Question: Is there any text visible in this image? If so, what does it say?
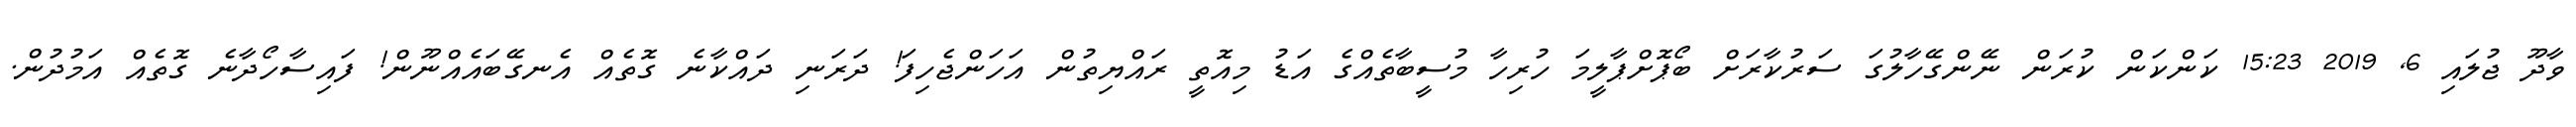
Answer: ވާދޫ ޖުލައި 6, 2019 15:23 ކަންކަން ކުރަން ނޭންގޭހާލުގަ ސަރުކާރަށް ބޯޕޮށްޕާލީމަ ހުރިހާ މުސީބާތެއްގެ އަޑު މިއޮތީ ރައްޔިތުން އަހަންޖެހިފަ! ދަރަނި ދައްކާނެ ގޮތެއް އެނގޭބައެއްނޫން! ފައިސާހޯދާނެ ގޮތެއް އަމުދުން.